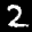
Label: 2